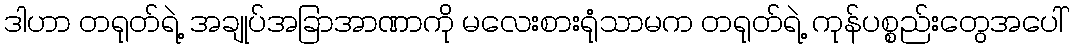
ဒါဟာ တရုတ်ရဲ့ အချုပ်အခြာအာဏာကို မလေးစားရုံသာမက တရုတ်ရဲ့ ကုန်ပစ္စည်းတွေအပေါ်